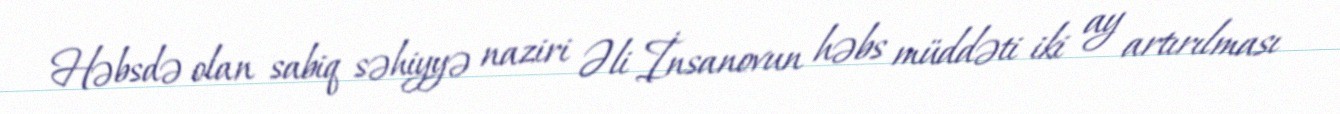
Həbsdə olan sabiq səhiyyə naziri Əli İnsanovun həbs müddəti iki ay artırılması